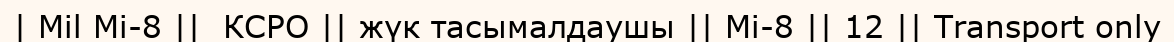
| Mil Mi-8 ||  КСРО || жүк тасымалдаушы || Mi-8 || 12 || Transport only